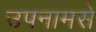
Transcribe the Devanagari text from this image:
उपनामसे